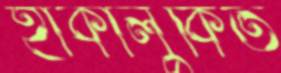
হাকালুকিত